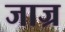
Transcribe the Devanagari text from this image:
जाज्र